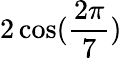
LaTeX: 2\cos({\frac{2\pi}{7}})